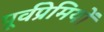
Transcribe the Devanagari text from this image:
पूर्वप्रेमियों